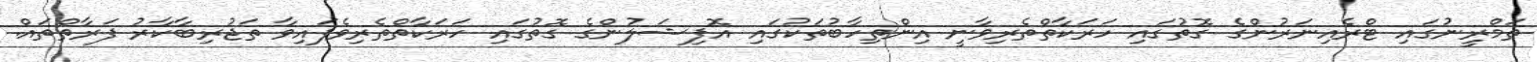
ތަމްރީނުގައި ޓްރެއިނަރުންގެ ގޮތުގައި ހަރަކާތްތެރިވާނީ އިންތިހާބުތަކުގައި އޮފިޝަލުންގެ ގޮތުގައި ހަރަކާތްތެރިވެފައިވާ ތަޖުރިބާކާރު ފަރާތްތައް.